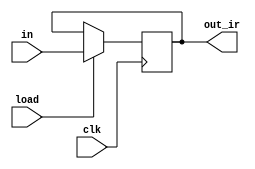
module IR_Reg( 
    input clk, load,
    input [7:0] in,
    output reg [7:0] out_ir
); 
initial begin 
    out_ir = 8'h0; 
end 

always @(posedge clk) begin 
    if (load) begin 
        out_ir <= in; 
    end
end
endmodule